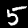
Label: 5